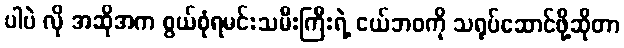
ပါပဲ လို အဆိုအက စွယ်စုံရမင်းသမီးကြီးရဲ့ ငယ်ဘဝကို သရုပ်ဆောင်ဖို့ဆိုတာ